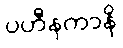
ပဟီနကာနိ